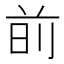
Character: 𫝐